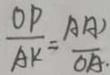
\frac { O P } { A K } = \frac { A A p ^ { \prime } } { O A }